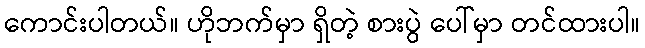
ကောင်းပါတယ်။ ဟိုဘက်မှာ ရှိတဲ့ စားပွဲ ပေါ်မှာ တင်ထားပါ။